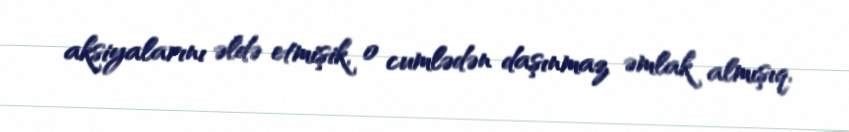
aksiyalarını əldə etmişik, o cumlədən daşınmaz əmlak almışıq.